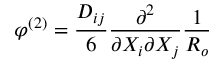
\varphi ^ { ( 2 ) } = \frac { D _ { i j } } { 6 } \frac { \partial ^ { 2 } } { \partial X _ { i } \partial X _ { j } } \frac { 1 } { R _ { o } }